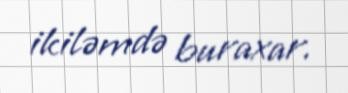
ikiləmdə buraxar.